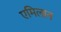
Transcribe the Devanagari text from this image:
एमिलान